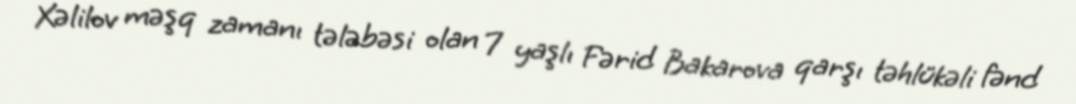
Xəlilov məşq zamanı tələbəsi olan 7 yaşlı Fərid Bakarova qarşı təhlükəli fənd